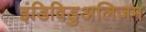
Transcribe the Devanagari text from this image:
इंडिविडुअलिज़म